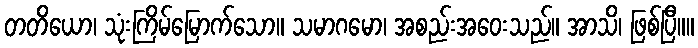
တတိယော၊ သုံးကြိမ်မြောက်သော။ သမာဂမော၊ အစည်းအဝေးသည်။ အာသိ၊ ဖြစ်ပြီ။။